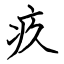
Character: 疚